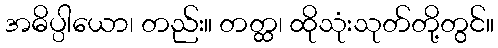
အဓိပ္ပါယော၊ တည်း။ တတ္ထ၊ ထိုသုံးသုတ်တို့တွင်။